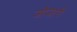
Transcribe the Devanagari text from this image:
जोजारी